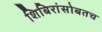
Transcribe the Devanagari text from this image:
शिबिरांसोबतच